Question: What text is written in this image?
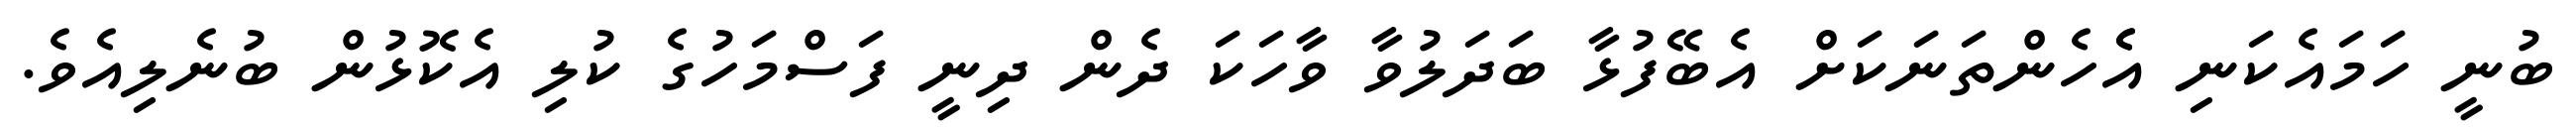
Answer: ބުނީ ހަމައެކަނި އެެހެންތަނަކަށް އެބޭފުޅާ ބަދަލުވާ ވާހަކަ ދެން ދިނީ ފަސްމަހުގެ ކުލި އެކޮޅުން ބުނެލިއެވެ.